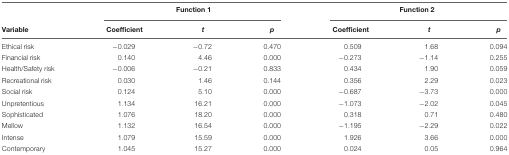
<table><thead><tr><td></td><td colspan="3"><b>Function 1</b></td><td colspan="3"><b>Function 2</b></td></tr><tr><td><b>Variable</b></td><td><b>Coefficient</b></td><td><b><i>t</i></b></td><td><b><i>p</i></b></td><td><b>Coefficient</b></td><td><b><i>t</i></b></td><td><b><i>p</i></b></td></tr></thead><tbody><tr><td>Ethical risk</td><td>–0.029</td><td>–0.72</td><td>0.470</td><td>0.509</td><td>1.68</td><td>0.094</td></tr><tr><td>Financial risk</td><td>0.140</td><td>4.46</td><td>0.000</td><td>–0.273</td><td>–1.14</td><td>0.255</td></tr><tr><td>Health/Safety risk</td><td>–0.006</td><td>–0.21</td><td>0.833</td><td>0.434</td><td>1.90</td><td>0.059</td></tr><tr><td>Recreational risk</td><td>0.030</td><td>1.46</td><td>0.144</td><td>0.356</td><td>2.29</td><td>0.023</td></tr><tr><td>Social risk</td><td>0.124</td><td>5.10</td><td>0.000</td><td>–0.687</td><td>–3.73</td><td>0.000</td></tr><tr><td>Unpretentious</td><td>1.134</td><td>16.21</td><td>0.000</td><td>–1.073</td><td>–2.02</td><td>0.045</td></tr><tr><td>Sophisticated</td><td>1.076</td><td>18.20</td><td>0.000</td><td>0.318</td><td>0.71</td><td>0.480</td></tr><tr><td>Mellow</td><td>1.132</td><td>16.54</td><td>0.000</td><td>–1.195</td><td>–2.29</td><td>0.022</td></tr><tr><td>Intense</td><td>1.079</td><td>15.59</td><td>0.000</td><td>1.926</td><td>3.66</td><td>0.000</td></tr><tr><td>Contemporary</td><td>1.045</td><td>15.27</td><td>0.000</td><td>0.024</td><td>0.05</td><td>0.964</td></tr></tbody></table>